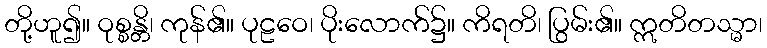
တို့ဟူ၍။ ဝုစ္စန္တိ၊ ကုန်၏။ ပုဠဝေ၊ ပိုးလောက်၌။ ကိရတိ၊ ပြွမ်း၏။ ဣတိတသ္မာ၊